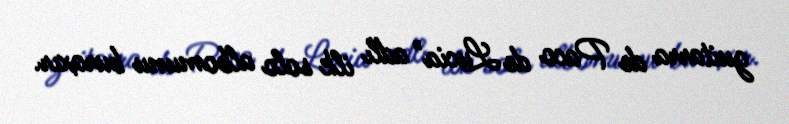
guitarra de Paco de Lucia" adlı ilk solo albomunu buraxır.